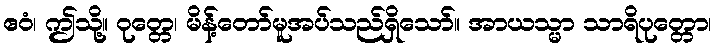
ဧဝံ၊ ဤသို့။ ဝုတ္တေ၊ မိန့်တော်မူအပ်သည်ရှိသော်။ အာယသ္မာ သာရိပုတ္တော၊